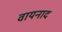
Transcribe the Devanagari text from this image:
वायनाद